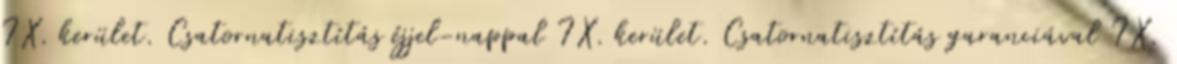
IX. kerület. Csatornatisztítás éjjel-nappal IX. kerület. Csatornatisztítás garanciával IX.